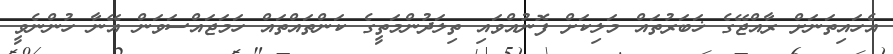
އެހައިތަނަށް ރާއްޖޭގެ ޚަބަރުތައް މަލިކަށް ފޮނުއްވައި ތިލަދުންމަތީގެ ކަންތައްތައް ހަމަޖައްސަވަން އޭނާ ހުންނެވީ